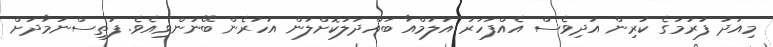
މިއަދު ފުރުމުގެ ކުރިން އަދިވެސް އެއްފަހަރު އަލަމްއާ ބައްދަލުކޮށްލަން އަހަރެން ބޭނުންވިއެވެ. ފަތިސްނަމާދަށް